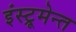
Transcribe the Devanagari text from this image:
इंस्ट्रूमेन्त